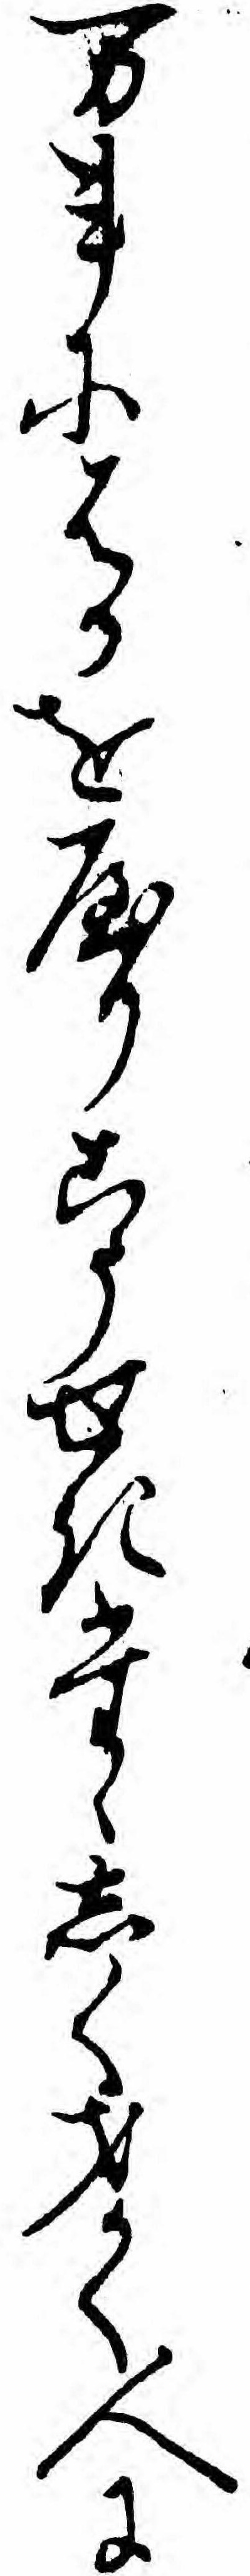
万事にはかをやりこうせきたゝしく才かく人に